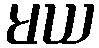
မယ